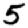
Digit: 5